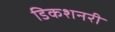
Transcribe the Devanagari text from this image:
डिकशनरी